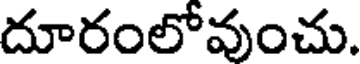
దూరంలోవుంచు.